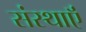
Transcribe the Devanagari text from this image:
संस्थाऍं